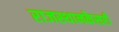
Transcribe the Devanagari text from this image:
राजस्थानकेसरी